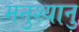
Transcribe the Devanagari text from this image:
मनुश्‍यानु